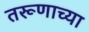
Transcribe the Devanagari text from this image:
तरूणाच्या